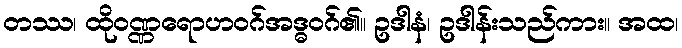
တဿ၊ ထိုဝဏ္ဏရောဟဝဂ်အဒ္ဓဝဂ်၏။ ဥဒါနံ၊ ဥဒါန်းသည်ကား။ အထ၊